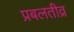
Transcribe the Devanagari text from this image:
प्रबलतीव्र